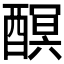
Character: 𨢎